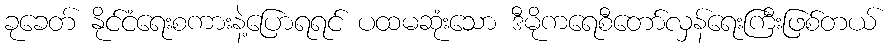
ခုခေတ် နိုင်ငံရေးစကားနဲ့ပြောရရင် ပထမဆုံးသော ဒီမိုကရေစီတော်လှန်ရေးကြီးဖြစ်တယ်